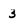
Character: 3